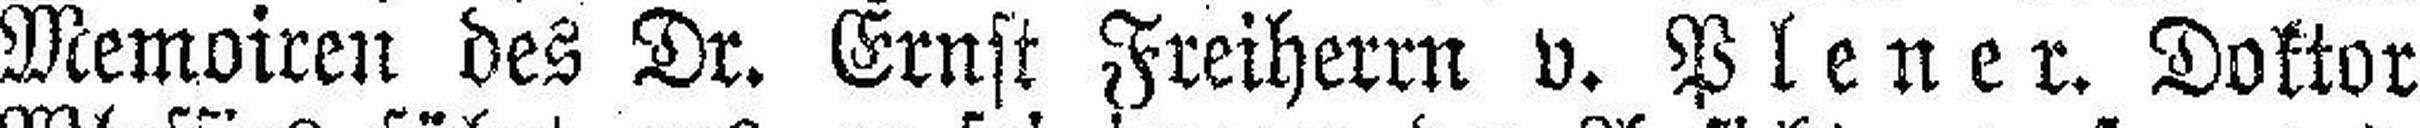
Memoiren des Dr. Ernst Freiherrn v. Plener. Doktor